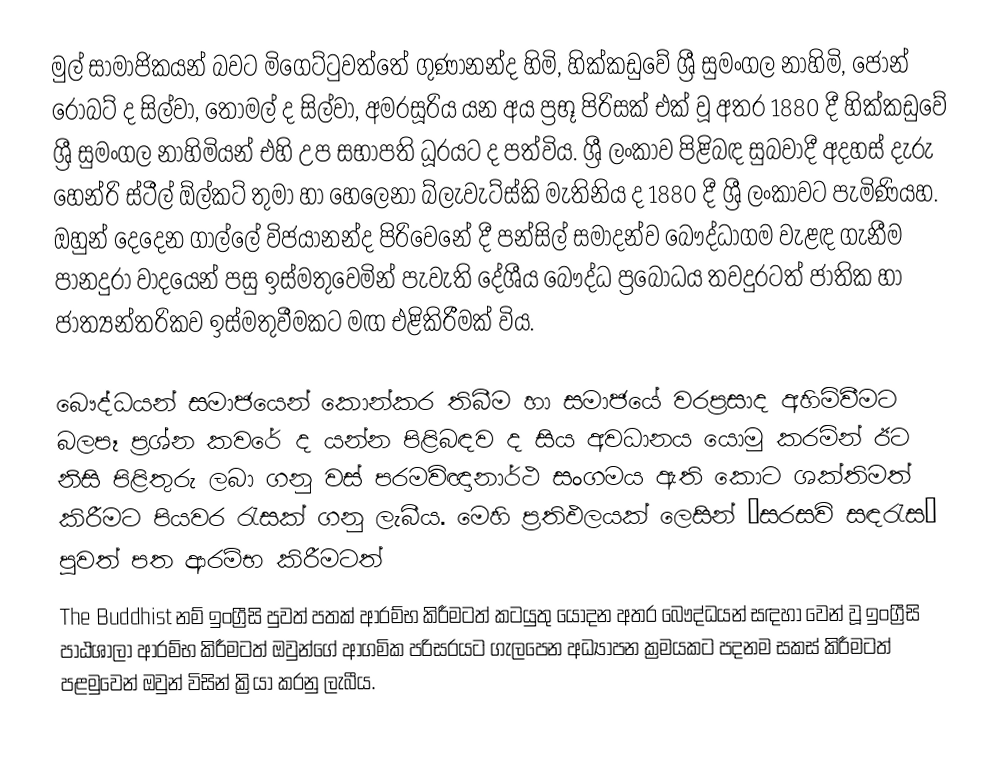
මුල් සාමාජිකයන් බවට මිගෙට්ටුවත්තේ ගුණානන්ද හිමි, හික්කඩුවේ ශ්‍රී සුමංගල නාහිමි, ජෝන් රොබට් ද සිල්වා, තෝමල් ද සිල්වා, අමරසූරිය යන අය ප්‍රභූ පිරිසක් එක් වූ අතර 1880 දී හික්කඩුවේ ශ්‍රී සුමංගල නාහිමියන් එහි උප සභාපති ධූරයට ද පත්විය. ශ්‍රී ලංකාව පිළිබඳ සුබවාදී අදහස් දැරු හෙන්රි ස්ටීල් ඕල්කට් තුමා හා හෙලෙනා බ්ලැවැට්ස්කි මැතිනිය ද 1880 දී ශ්‍රී ලංකාවට පැමිණියහ. ඔහුන් දෙදෙන ගාල්ලේ විජයානන්ද පිරිවෙනේ දී පන්සිල් සමාදන්ව බෞද්ධාගම වැළඳ ගැනීම පානදුරා වාදයෙන් පසු ඉස්මතුවෙමින් පැවැති දේශීය බෞද්ධ ප්‍රබෝධය තවදුරටත් ජාතික හා ජාත්‍යන්තරිකව ඉස්මතුවීමකට මඟ එළිකිරීමක් විය.

බෞද්ධයන් සමාජයෙන් කොන්කර තිබීම හා සමාජයේ වරප්‍රසාද අහිමිවීමට බලපෑ ප්‍රශ්න කවරේ ද යන්න පිළිබඳව ද සිය අවධානය යොමු කරමින් ඊට නිසි පිළිතුරු ලබා ගනු වස් පරමවිඥානාර්ථ සංගමය ඇති කොට ශක්තිමත් කිරීමට පියවර රැසක් ගනු ලැබීය. මෙහි ප්‍රතිඵලයක් ලෙසින් ‘සරසවි සඳරැස’ පුවත් පත ආරම්භ කිරීමටත්
The Buddhist  නම් ඉංග්‍රීසි පුවත් පතක් ආරම්භ කිරීමටත් කටයුතු යොදන අතර බෞද්ධයන් සඳහා වෙන් වූ ඉංග්‍රීසි පාඨශාලා ආරම්භ කිරීමටත් ඔවුන්ගේ ආගමික පරිසරයට ගැලපෙන අධ්‍යාපන ක්‍රමයකට පදනම සකස් කිරීමටත් පළමුවෙන් ඔවුන් විසින් ක්‍රියා කරනු ලැබීය.